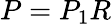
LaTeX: \textstyle P=P_{1}R